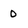
Character: 0